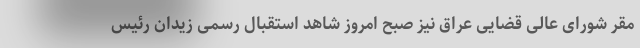
مقر شورای عالی قضایی عراق نیز صبح امروز شاهد استقبال رسمی زیدان رئیس